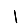
Digit: 1